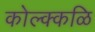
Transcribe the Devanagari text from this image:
कोल्क्कळि